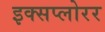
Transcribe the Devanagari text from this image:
इक्सप्लोरर